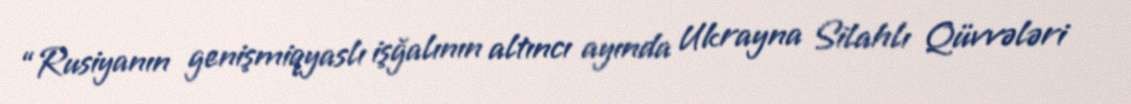
“Rusiyanın genişmiqyaslı işğalının altıncı ayında Ukrayna Silahlı Qüvvələri